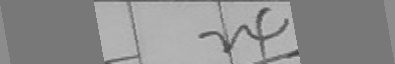
2 4